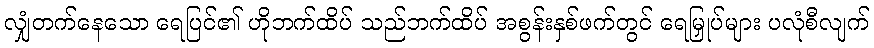
လျှံတက်နေသော ရေပြင်၏ ဟိုဘက်ထိပ် သည်ဘက်ထိပ် အစွန်းနှစ်ဖက်တွင် ရေမြှုပ်များ ပလုံစီလျက်